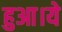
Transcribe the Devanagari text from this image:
हुआ।ये